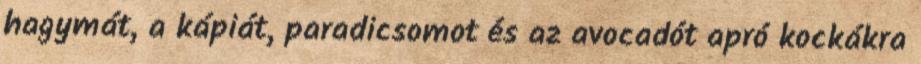
hagymát, a kápiát, paradicsomot és az avocadót apró kockákra